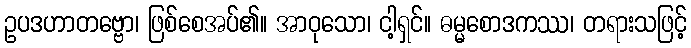
ဥပဒဟာတဗ္ဗော၊ ဖြစ်စေအပ်၏။ အာဝုသော၊ ငါ့ရှင်။ ဓမ္မစောဒကဿ၊ တရားသဖြင့်